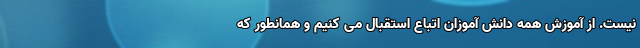
نیست. از آموزش همه دانش آموزان اتباع استقبال می کنیم و همانطور که